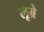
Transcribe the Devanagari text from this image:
लूब्रे